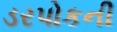
ડરપોકની